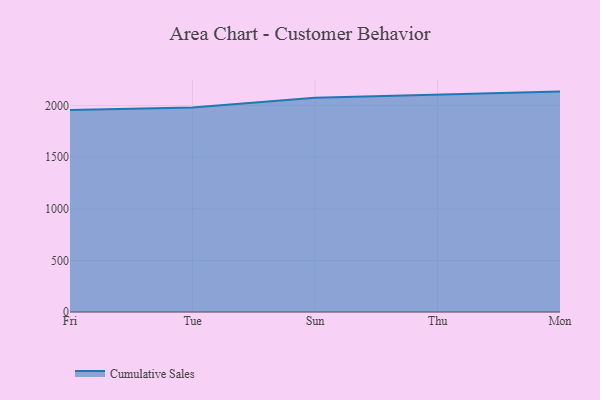
{"axis": {"x": "Day", "y": "Production Output"}, "legend": ["Cumulative Sales"], "data": [{"x": "Fri", "y": 1956.2, "type": "Cumulative Sales"}, {"x": "Tue", "y": 1981.4, "type": "Cumulative Sales"}, {"x": "Sun", "y": 2077.1, "type": "Cumulative Sales"}, {"x": "Thu", "y": 2103.4, "type": "Cumulative Sales"}, {"x": "Mon", "y": 2135.6, "type": "Cumulative Sales"}]}